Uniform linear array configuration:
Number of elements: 4
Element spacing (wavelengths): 0.75
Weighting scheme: blackman
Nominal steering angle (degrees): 45
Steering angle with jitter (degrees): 43.177
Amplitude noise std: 0.05
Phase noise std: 0.05

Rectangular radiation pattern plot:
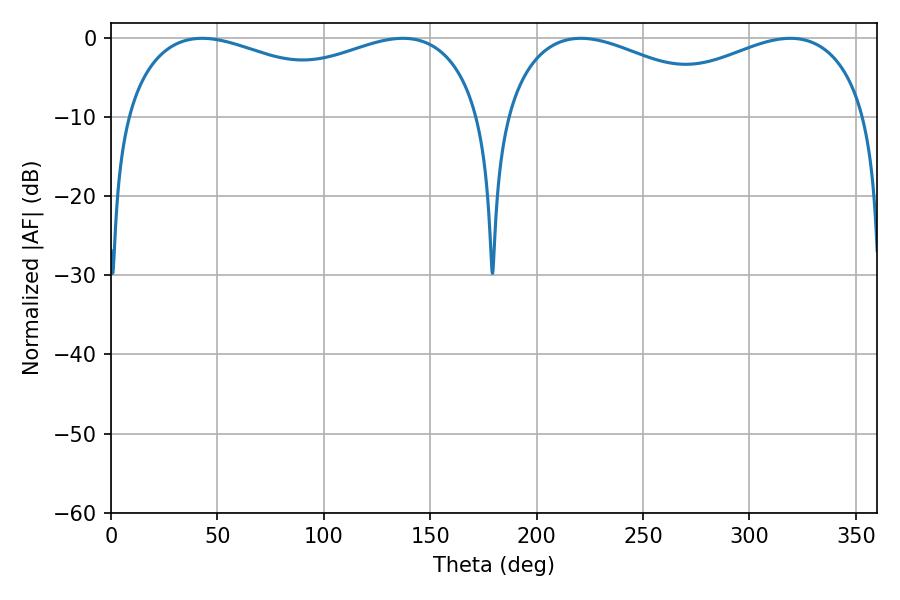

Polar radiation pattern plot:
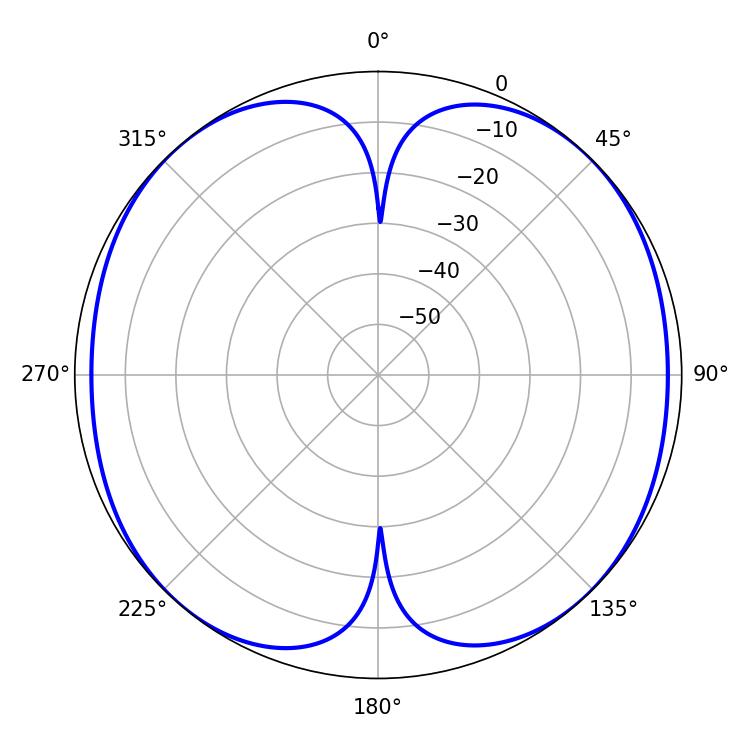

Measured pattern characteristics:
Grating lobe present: TRUE
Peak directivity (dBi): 15.535
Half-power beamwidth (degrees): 139.32
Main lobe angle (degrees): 42.84